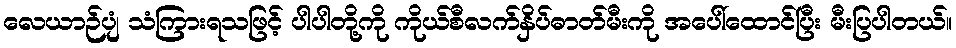
လေယာဉ်ပျံ သံကြားရသဖြင့် ပါပါတို့ကို ကိုယ်စီလက်နှိပ်ဓာတ်မီးကို အပေါ်ထောင်ပြီး မီးပြပါတယ်။